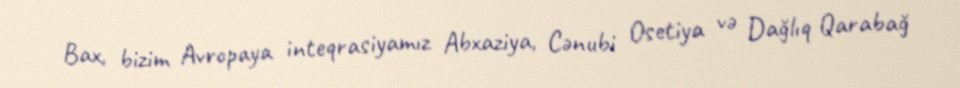
Bax, bizim Avropaya inteqrasiyamız Abxaziya, Cənubi Osetiya və Dağlıq Qarabağ